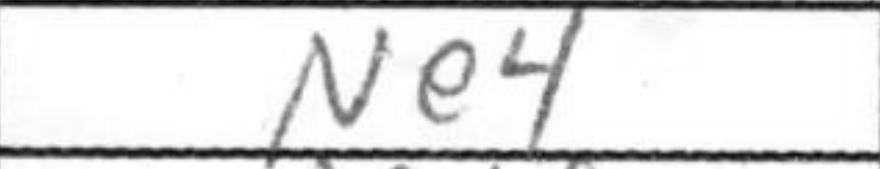
Transcription: Ne4